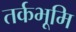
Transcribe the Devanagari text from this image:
तर्कभूमि